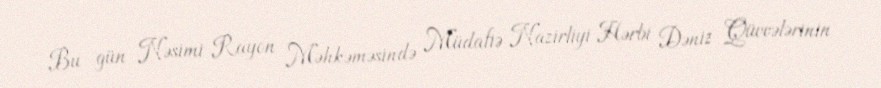
Bu gün Nəsimi Rayon Məhkəməsində Müdafiə Nazirliyi Hərbi Dəniz Qüvvələrinin